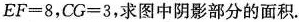
$$E F = 8$$，$$C G = 3$$，求图中阴影部分的面积.